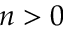
n > 0